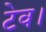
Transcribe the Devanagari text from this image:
टेव।